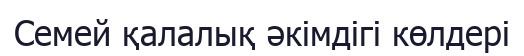
Семей қалалық әкімдігі көлдері